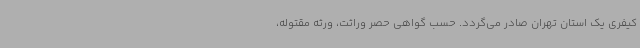
کیفری یک استان تهران صادر می‌گردد. حسب گواهی حصر وراثت، ورثه مقتوله،